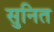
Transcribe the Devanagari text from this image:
सुनित